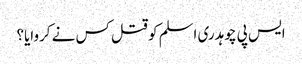
ایس پی چوہدری اسلم کو قتل کس نے کروایا؟